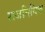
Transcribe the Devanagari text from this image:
राजनियिक